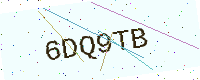
Text: 6DQ9TB